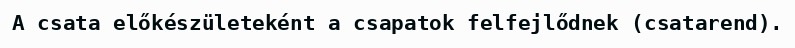
A csata előkészületeként a csapatok felfejlődnek (csatarend).